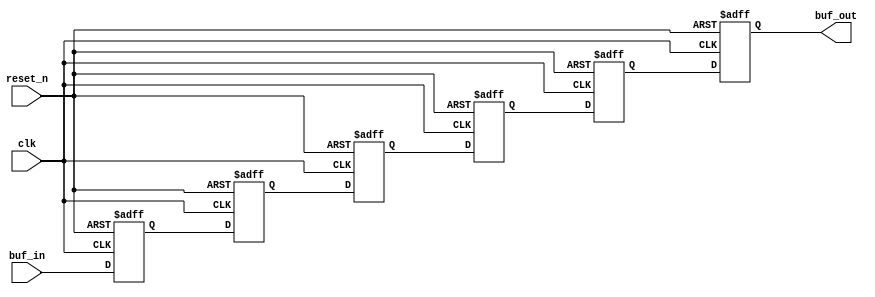
module delay_buffer #(
    parameter  BIT_WIDTH = 32,
    parameter  DELAY_STAGES = 6
  ) (
    input clk,
    input reset_n,
    input [BIT_WIDTH-1:0] buf_in,
    output [BIT_WIDTH-1:0] buf_out
  );

  reg [BIT_WIDTH-1:0] r_stages [0:DELAY_STAGES-1];
  integer  i;

  always @(posedge clk or negedge reset_n)
  begin

    if (!reset_n)
    begin

      for (i=0; i<DELAY_STAGES; i=i+1)
      begin

        r_stages[i] <= 'h0;

      end

    end

    else
    begin

      r_stages[0] <= buf_in;

      for (i=0; i<(DELAY_STAGES-1); i=i+1)
      begin

        r_stages[i+1] <= r_stages[i];

      end

    end
  end

  assign buf_out = r_stages[DELAY_STAGES-1];

endmodule